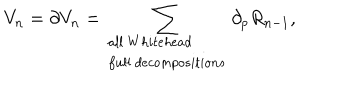
V _ { n } = \partial V _ { n } = \sum _ { \begin{array} { l l } { { a l l \: W h i t e h e a d } } \\ { { f u l l \: d e c o m p o s i t i o n s } } \\ \end{array} } \partial _ { p } R _ { n - 1 } ,